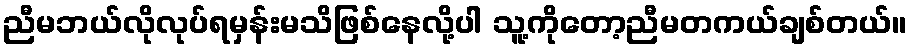
ညီမဘယ်လိုလုပ်ရမှန်းမသိဖြစ်နေလို့ပါ သူ့ကိုတော့ညီမတကယ်ချစ်တယ်။